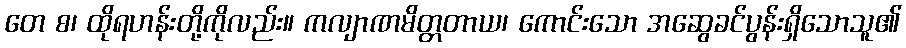
တေ စ၊ ထိုရဟန်းတို့ကိုလည်း။ ကလျာဏမိတ္တတာယ၊ ကောင်းသော အဆွေခင်ပွန်းရှိသောသူ၏